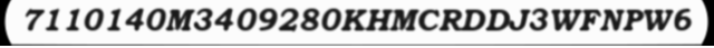
7110140M3409280KHMCRDDJ3WFNPW6